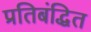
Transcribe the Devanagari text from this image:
प्रतिबंद्धित